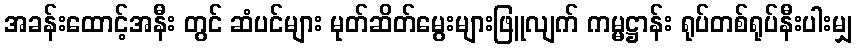
အခန်းထောင့်အနီး တွင် ဆံပင်များ မုတ်ဆိတ်မွေးများဖြူလျက် ကမ္မဋ္ဌာန်း ရုပ်တစ်ရုပ်နီးပါးမျှ